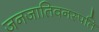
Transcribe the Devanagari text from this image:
जनजातिवनस्पति